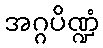
အဂ္ဂပိဏ္ဍံ